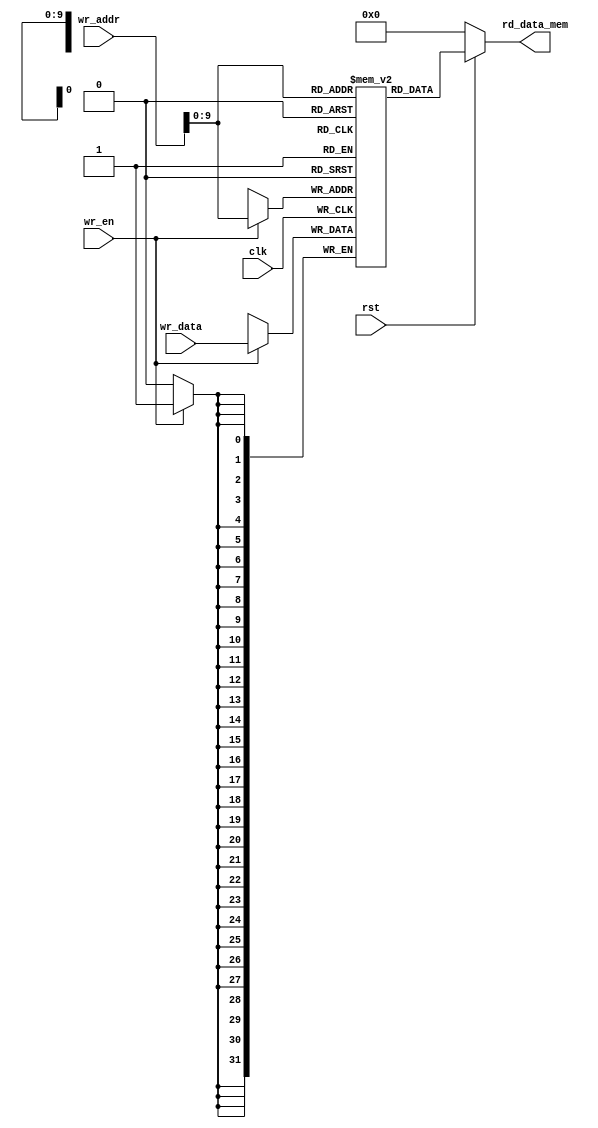
module data_mem #(parameter DATA_WIDTH = 32, ADDR_WIDTH = 32, MEM_SIZE = 1024) (
    input       clk,wr_en,rst,
    input       [ADDR_WIDTH-1:0] wr_addr, wr_data,
    output      [DATA_WIDTH-1:0] rd_data_mem
);

// array of 64 32-bit words or data
reg [DATA_WIDTH-1:0] data_ram [MEM_SIZE-1:0];

// combinational read logic
// word-aligned memory access
assign rd_data_mem = (rst==1'b0)? 32'h00000000:data_ram[(wr_addr)];

// synchronous write logic
always @(posedge clk) begin
    if (wr_en) data_ram[(wr_addr)]<=wr_data;
end
initial begin
    data_ram[0]=32'h00000000;
end

endmodule

module Memory_mod (
    input clk,rst,
    input [31:0] ALUresultM,WriteDataM,PCplus4M,
    input [4:0] RdM,
    input RegWriteM,ResultSrcM,MemwriteM,
    output RegWriteW,ResultSrcW,
    output [31:0] ReadDataW,ALUresultW,PCplus4W,
    output [4:0] RdW
);

wire [31:0] rd_data;
reg RegWriteM_r,ResultSrcM_r;
reg [31:0] ReadDataM_r,ALUresultM_r,PCplus4M_r;
reg [4:0] RdM_r;

data_mem data_memory(.clk(clk),
                     .wr_en(MemwriteM),
                     .rst(rst),
                     .wr_addr(ALUresultM),
                     .wr_data(WriteDataM),
                     .rd_data_mem(rd_data));

always @(posedge clk or negedge rst) begin
    if(rst==1'b0)begin
                RegWriteM_r<=1'b0;
                ResultSrcM_r<=1'b0;
                ReadDataM_r<=32'h00000000;
                ALUresultM_r<=32'h00000000;
                PCplus4M_r<=32'h00000000;
                RdM_r<=5'b00000;
                end
    
    else begin 
       
       RegWriteM_r<=RegWriteM;
       ResultSrcM_r<=ResultSrcM;
       ReadDataM_r<=rd_data;
       ALUresultM_r<=ALUresultM;
       PCplus4M_r<=PCplus4M;
       RdM_r<=RdM;
       end
end
assign RegWriteW=RegWriteM_r;
assign ResultSrcW=ResultSrcM_r;
assign ReadDataW=ReadDataM_r;
assign ALUresultW=ALUresultM_r;
assign PCplus4W=PCplus4M_r;
assign RdW=RdM_r;




endmodule